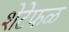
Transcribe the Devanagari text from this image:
शेटेफळ